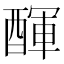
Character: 𨡫